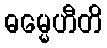
ဓမ္မေဟီတိ